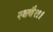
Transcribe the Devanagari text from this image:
स्क्वैश।